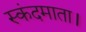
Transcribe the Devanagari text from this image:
स्कंदमाता।